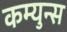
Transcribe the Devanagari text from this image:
कम्युन्स